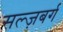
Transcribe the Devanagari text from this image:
सल्ज़बर्ग